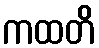
ကထတိ